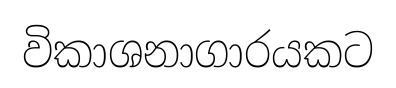
විකාශනාගාරයකට